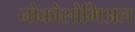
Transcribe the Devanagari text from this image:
नोकोसोमिअल